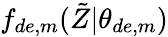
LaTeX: f_{de,m}(\tilde{Z}|\theta_{de,m})